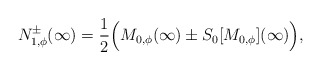
\begin{align*}N_{1,\phi}^{\pm}(\infty) = \frac{1}{2} \Big(M_{0,\phi}(\infty) \pm S_{0}[M_{0,\phi}](\infty)\Big),\end{align*}